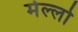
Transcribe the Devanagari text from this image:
मेल्लो